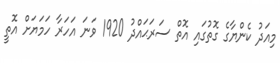
މިއަދު ކެންޔާގެ ގޮތުގައި އޮތް ސަރަޙައްދު 1920 ވަނަ އަހަރާ ހަމަޔަށް އޮތީ